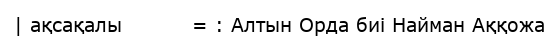
| ақсақалы          = : Алтын Орда биі Найман Аққожа